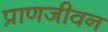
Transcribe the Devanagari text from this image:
प्राणजीवन